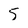
Character: 5